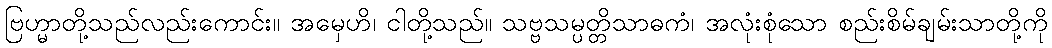
ဗြဟ္မာတို့သည်လည်းကောင်း။ အမှေဟိ၊ ငါတို့သည်။ သဗ္ဗသမ္ပတ္တိသာဓကံ၊ အလုံးစုံသော စည်းစိမ်ချမ်းသာတို့ကို